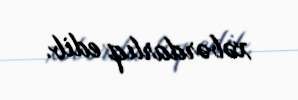
xəbərdarlıq edib.